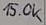
Text: 15.0K